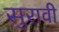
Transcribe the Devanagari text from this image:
सुरावी